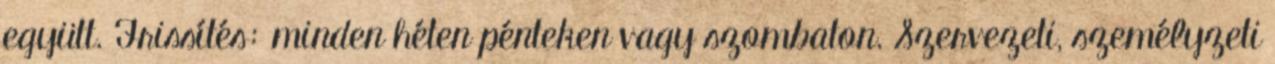
együtt. Frissítés: minden héten pénteken vagy szombaton. Szervezeti, személyzeti